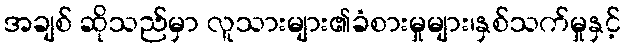
အချစ် ဆိုသည်မှာ လူသားများ၏ခံစားမှုများ၊နှစ်သက်မှုနှင့်